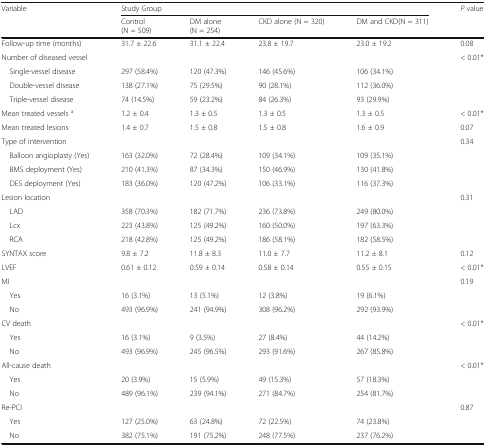
<table><thead><tr><td rowspan="2"><b>Variable</b></td><td colspan="4"><b>Study Group</b></td><td rowspan="2"><b><i>P</i> value</b></td></tr><tr><td><b>Control(N = 509)</b></td><td><b>DM alone(N = 254)</b></td><td><b>CKD alone (N = 320)</b></td><td><b>DM and CKD(N = 311)</b></td></tr></thead><tbody><tr><td>Follow-up time (months)</td><td>31.7 ± 22.6</td><td>31.1 ± 22.4</td><td>23.8 ± 19.7</td><td>23.0 ± 19.2</td><td>0.08</td></tr><tr><td>Number of diseased vessel</td><td></td><td></td><td></td><td></td><td>&lt; 0.01*</td></tr><tr><td> Single-vessel disease</td><td>297 (58.4%)</td><td>120 (47.3%)</td><td>146 (45.6%)</td><td>106 (34.1%)</td><td></td></tr><tr><td> Double-vessel disease</td><td>138 (27.1%)</td><td>75 (29.5%)</td><td>90 (28.1%)</td><td>112 (36.0%)</td><td></td></tr><tr><td> Triple-vessel disease</td><td>74 (14.5%)</td><td>59 (23.2%)</td><td>84 (26.3%)</td><td>93 (29.9%)</td><td></td></tr><tr><td>Mean treated vessels <sup>a</sup></td><td>1.2 ± 0.4</td><td>1.3 ± 0.5</td><td>1.3 ± 0.5</td><td>1.3 ± 0.5</td><td>&lt; 0.01*</td></tr><tr><td>Mean treated lesions</td><td>1.4 ± 0.7</td><td>1.5 ± 0.8</td><td>1.5 ± 0.8</td><td>1.6 ± 0.9</td><td>0.07</td></tr><tr><td>Type of intervention</td><td></td><td></td><td></td><td></td><td>0.34</td></tr><tr><td> Balloon angioplasty (Yes)</td><td>163 (32.0%)</td><td>72 (28.4%)</td><td>109 (34.1%)</td><td>109 (35.1%)</td><td></td></tr><tr><td> BMS deployment (Yes)</td><td>210 (41.3%)</td><td>87 (34.3%)</td><td>150 (46.9%)</td><td>130 (41.8%)</td><td></td></tr><tr><td> DES deployment (Yes)</td><td>183 (36.0%)</td><td>120 (47.2%)</td><td>106 (33.1%)</td><td>116 (37.3%)</td><td></td></tr><tr><td>Lesion location</td><td></td><td></td><td></td><td></td><td>0.31</td></tr><tr><td> LAD</td><td>358 (70.3%)</td><td>182 (71.7%)</td><td>236 (73.8%)</td><td>249 (80.0%)</td><td></td></tr><tr><td> Lcx</td><td>223 (43.8%)</td><td>125 (49.2%)</td><td>160 (50.0%)</td><td>197 (63.3%)</td><td></td></tr><tr><td> RCA</td><td>218 (42.8%)</td><td>125 (49.2%)</td><td>186 (58.1%)</td><td>182 (58.5%)</td><td></td></tr><tr><td>SYNTAX score</td><td>9.8 ± 7.2</td><td>11.8 ± 8.3</td><td>11.0 ± 7.7</td><td>11.2 ± 8.1</td><td>0.12</td></tr><tr><td>LVEF</td><td>0.61 ± 0.12</td><td>0.59 ± 0.14</td><td>0.58 ± 0.14</td><td>0.55 ± 0.15</td><td>&lt; 0.01*</td></tr><tr><td>MI</td><td></td><td></td><td></td><td></td><td>0.19</td></tr><tr><td> Yes</td><td>16 (3.1%)</td><td>13 (5.1%)</td><td>12 (3.8%)</td><td>19 (6.1%)</td><td></td></tr><tr><td> No</td><td>493 (96.9%)</td><td>241 (94.9%)</td><td>308 (96.2%)</td><td>292 (93.9%)</td><td></td></tr><tr><td>CV death</td><td></td><td></td><td></td><td></td><td>&lt; 0.01*</td></tr><tr><td> Yes</td><td>16 (3.1%)</td><td>9 (3.5%)</td><td>27 (8.4%)</td><td>44 (14.2%)</td><td></td></tr><tr><td> No</td><td>493 (96.9%)</td><td>245 (96.5%)</td><td>293 (91.6%)</td><td>267 (85.8%)</td><td></td></tr><tr><td>All-cause death</td><td></td><td></td><td></td><td></td><td>&lt; 0.01*</td></tr><tr><td> Yes</td><td>20 (3.9%)</td><td>15 (5.9%)</td><td>49 (15.3%)</td><td>57 (18.3%)</td><td></td></tr><tr><td> No</td><td>489 (96.1%)</td><td>239 (94.1%)</td><td>271 (84.7%)</td><td>254 (81.7%)</td><td></td></tr><tr><td>Re-PCI</td><td></td><td></td><td></td><td></td><td>0.87</td></tr><tr><td> Yes</td><td>127 (25.0%)</td><td>63 (24.8%)</td><td>72 (22.5%)</td><td>74 (23.8%)</td><td></td></tr><tr><td> No</td><td>382 (75.1%)</td><td>191 (75.2%)</td><td>248 (77.5%)</td><td>237 (76.2%)</td><td></td></tr></tbody></table>